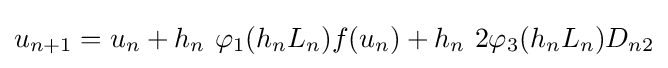
u_{n+1}=u_{n}+h_{n}\ \varphi _{1}(h_{n}L_{n})f(u_{n})+h_{n}\ 2\varphi _{3}(h_{n}L_{n})D_{n2}